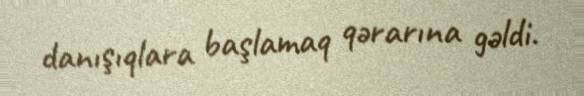
danışıqlara başlamaq qərarına gəldi.